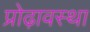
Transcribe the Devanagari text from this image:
प्रोढ़ावस्था